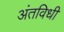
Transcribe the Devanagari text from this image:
अंतविधी